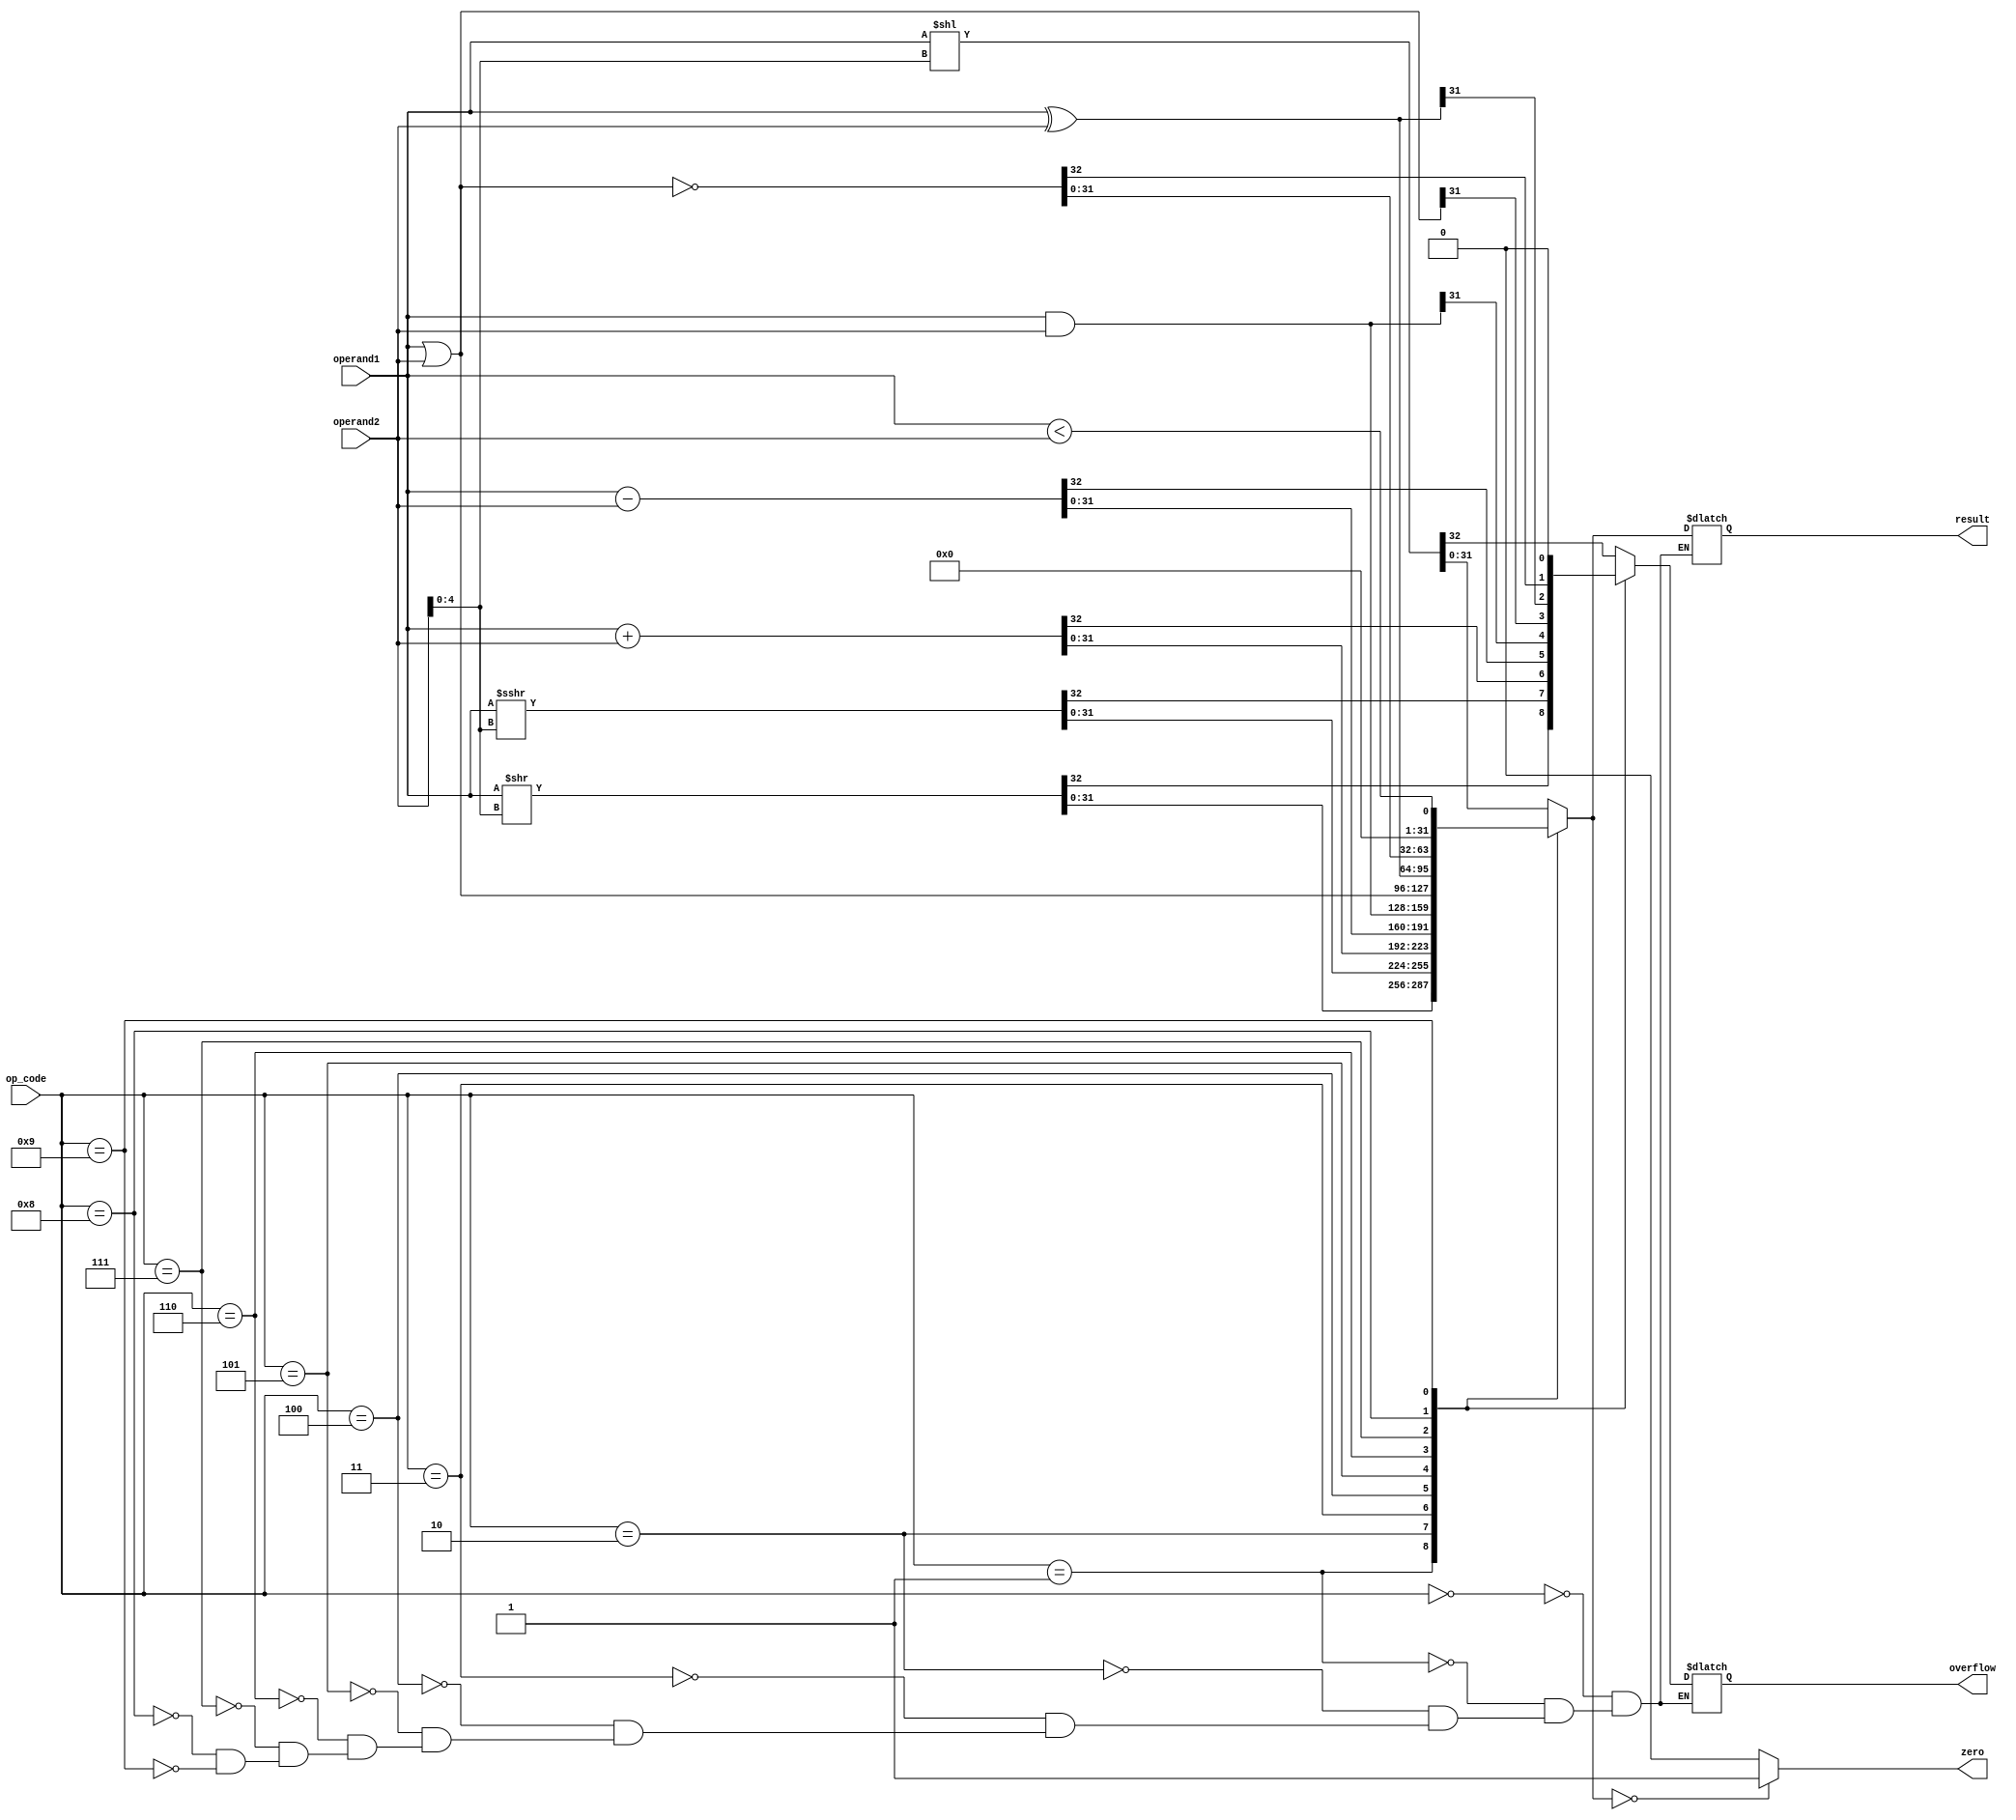
module ALU_30 #(parameter N=32)(
    input [3:0] op_code,
	 input signed [N-1:0] operand1,
    input signed [N-1:0] operand2,
	 output reg signed [N-1:0] result,
	 output reg zero,
	 output reg overflow
    );
    always @(*) begin
		case(op_code)
			0: {overflow,result} = operand1 <<  operand2[4:0];							
			1: {overflow,result} = operand1 >>  operand2[4:0];							
			2: {overflow,result} = operand1 >>> operand2[4:0];							
			3: {overflow,result} = operand1 + operand2 ;									
			4: {overflow,result} = operand1 - operand2;									
			5: {overflow,result} = operand1 & operand2;									
			6: {overflow,result} = operand1 | operand2;									
			7: {overflow,result} = operand1 ^ operand2;									
			8: {overflow,result} = ~(operand1 | operand2);								
			9: {overflow,result} = (operand1 < operand2);								
		endcase	
		zero= (result==0)? 1'b1:1'b0;
	end
endmodule